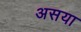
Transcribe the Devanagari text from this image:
असया